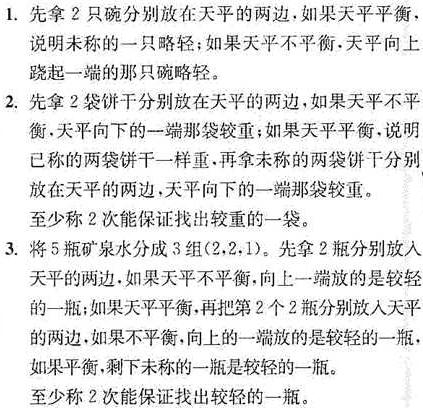
1. 先拿2只碗分别放在天平的两边，如果天平平衡，说明未称的一只略轻；如果天平不平衡，天平向上跷起一端的那只碗略轻。
2. 先拿2袋饼干分别放在天平的两边，如果天平不平衡，天平向下的一端那袋较重；如果天平平衡，说明已称的两袋饼干一样重，再拿未称的两袋饼干分别放在天平的两边，天平向下的一端那袋较重。
至少称2次能保证找出较重的一袋。
3. 将5瓶矿泉水分成3组(2,2,1)。先拿2瓶分别放入天平的两边，如果天平不平衡，向上一端放的是较轻的一瓶；如果天平平衡，再把第2个2瓶分别放入天平的两边，如果不平衡，向上的一端放的是较轻的一瓶，如果平衡，剩下未称的一瓶是较轻的一瓶。
至少称2次能保证找出较轻的一瓶。